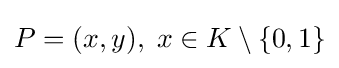
P=(x,y),\;x\in K\setminus \{0,1\}